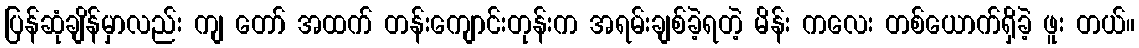
ပြန်ဆုံချိန်မှာလည်း ကျ တော် အထက် တန်းကျောင်းတုန်းက အရမ်းချစ်ခဲ့ရတဲ့ မိန်း ကလေး တစ်ယောက်ရှိခဲ့ ဖူး တယ်။